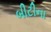
બીટીના